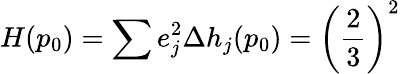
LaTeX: H(p_{0})=\sum e_{j}^{2}\Delta h_{j}(p_{0})=\left(\frac{2}{3}\right)^{2}